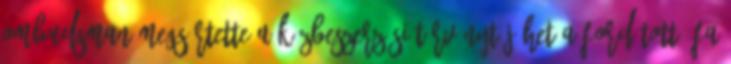
ombudsman megsértette a közbeszerzési törvényt Jöhet a fordított áfa